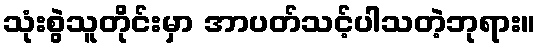
သုံးစွဲသူတိုင်းမှာ အာပတ်သင့်ပါသတဲ့ဘုရား။